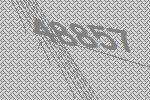
48857